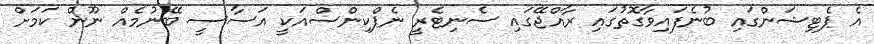
އެ ޕެޓިޝަންގައި ބުނެފައިވާގޮތުގައި ރާއްޖޭގައި ސެނިޓެރީ ނެޕްކިންސްއަކީ އަސާސީ ބޭނުމެއް ނޫން ކަމަށް